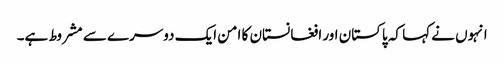
انہوں نے کہا کہ پاکستان اور افغانستان کا امن ایک دوسرے سے مشروط ہے۔